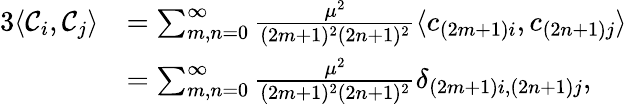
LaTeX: \begin{array}{rl}{3\langle{{\mathcal C}_{i}},{{\mathcal C}_{j}}\rangle}&{=\sum_{m,n=0}^{\infty}\frac{\mu^{2}}{(2m+1)^{2}(2n+1)^{2}}\langle c_{(2m+1)i},c_{(2n+1)j}\rangle}\\ &{=\sum_{m,n=0}^{\infty}\frac{\mu^{2}}{(2m+1)^{2}(2n+1)^{2}}\delta_{(2m+1)i,(2n+1)j},}\end{array}